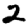
Digit: 2